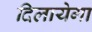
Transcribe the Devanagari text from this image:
दिलायेगा